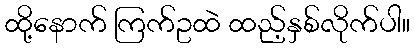
ထို့နောက် ကြက်ဥထဲ ထည့်နှစ်လိုက်ပါ။